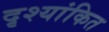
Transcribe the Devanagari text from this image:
दृश्यांकित